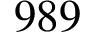
9 8 9